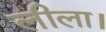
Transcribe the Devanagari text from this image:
लीला।